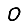
Digit: 0